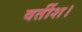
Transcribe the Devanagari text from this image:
वर्तीश।